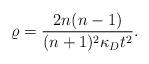
LaTeX: \begin{align*}\varrho=\frac{2n(n-1)}{(n+1)^2\kappa_D t^2}.\end{align*}